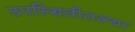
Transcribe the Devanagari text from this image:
उपस्थितीतल्या